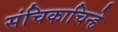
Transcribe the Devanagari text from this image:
संचिकाचिन्हे